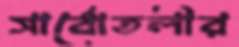
সার্বোতলীর